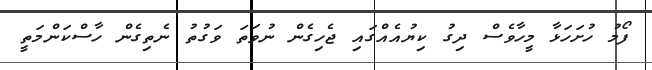
ފޯމު ހުށަހަޅާ މީހާވެސް ދިގު ކިޔުއެއްގައި ޖެހިގެން ނުވަތަ ވަގުތު ނެތިގެން ހާސްކަންމަތީ